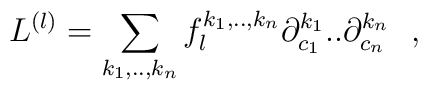
L^{(l)} = \sum_{k_1,..,k_n} f_{l}^{k_1,..,k_n} \partial_{c_1}^{k_1}..\partial_{c_n}^{k_n}~~,